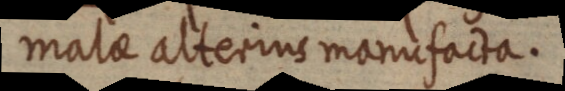
malae alterius manufacta.